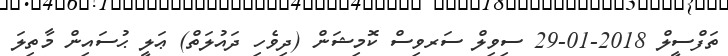
ތަފްސީލް 2018-01-29 ސިވިލް ސަރވިސް ކޮމިޝަން (ދިވެހި ދައުލަތް) ޢަލީ ޙުސައިން މާތިލަ